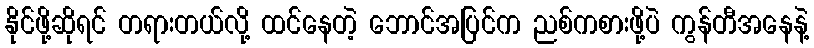
နိုင်ဖို့ဆိုရင် တရားတယ်လို့ ထင်နေတဲ့ ဘောင်အပြင်က ညစ်ကစားဖို့ပဲ ကွန်တီအနေနဲ့